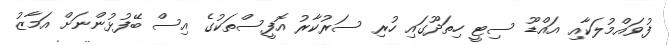
ފުވައްމުލަކާއި އައްޑޫ ސިޓީ ހިތަދޫގައި ހުރި ސަރުކާރު އޮފީސްތަކުގެ އިސް ބޭފުޅުންނަށް އަމާޒު